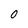
Character: 0